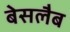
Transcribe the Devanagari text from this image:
बेसलैब